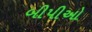
બીપીઓ